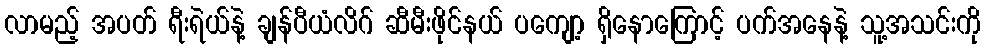
လာမည့် အပတ် ရီးရဲယ်နဲ့ ချန်ပီယံလိဂ် ဆီမီးဖိုင်နယ် ပကျော့ ရှိနောကြောင့် ပက်အနေနဲ့ သူ့အသင်းကို